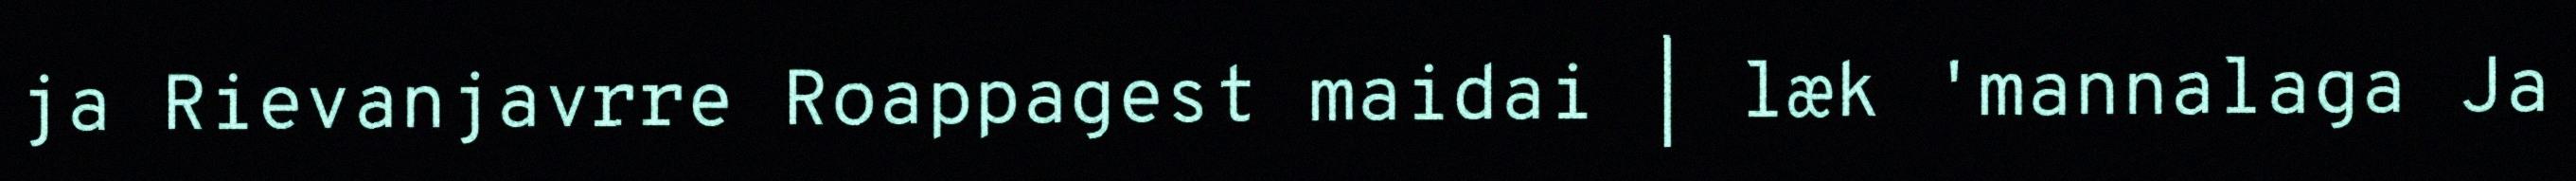
ja Rievanjavrre Roappagest maidai | læk 'mannalaga Ja